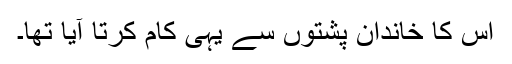
اس کا خاندان پشتوں سے یہی کام کرتا آیا تھا۔